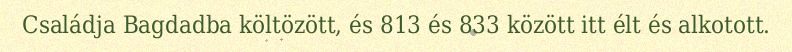
Családja Bagdadba költözött, és 813 és 833 között itt élt és alkotott.